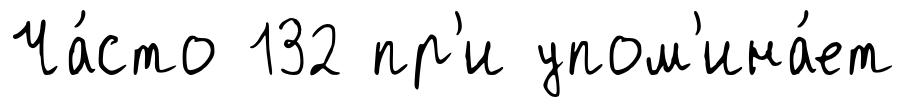
Ча́сто 132 пр'и упом'ина́ет